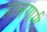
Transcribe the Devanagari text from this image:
ह्रासगामी